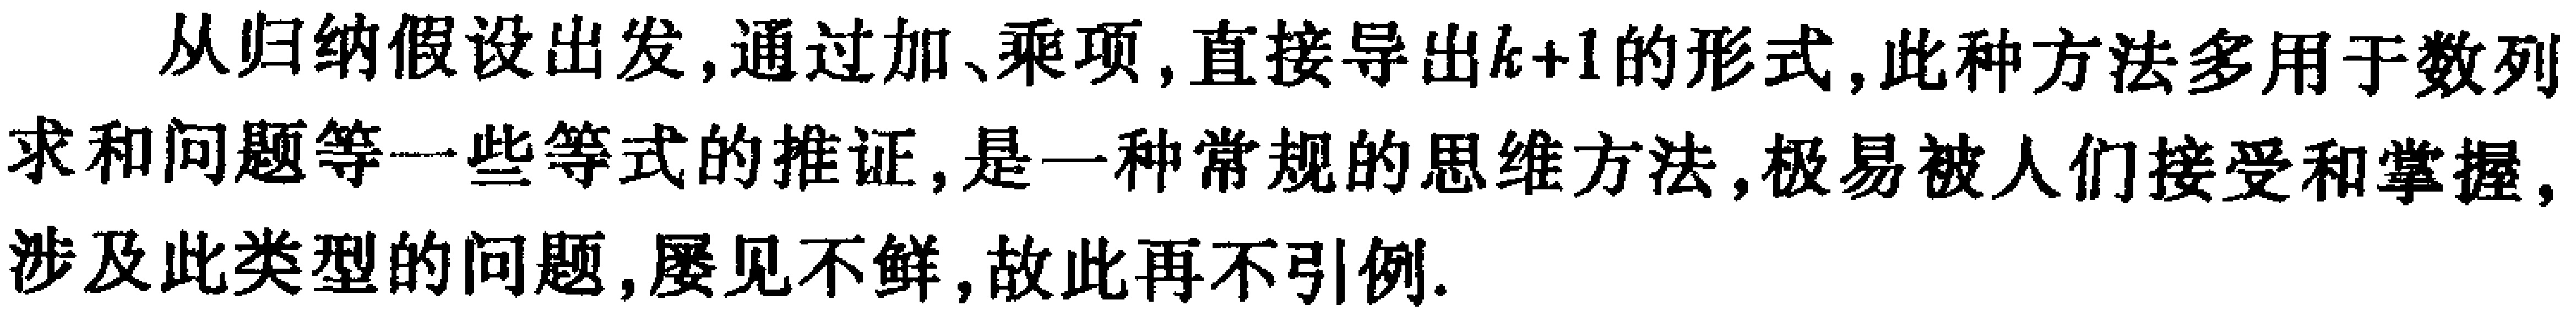
从归纳假设出发,通过加、乘项,直接导出\(k + 1\)的形式,此种方法多用于数列求和问题等一些等式的推证,是一种常规的思维方法,极易被人们接受和掌握,涉及此类型的问题,屡见不鲜,故此再不引例.